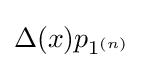
\Delta (x)p_{1^{(n)}}